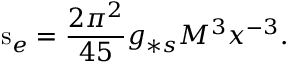
\mathrm { s } _ { e } = \frac { 2 \pi ^ { 2 } } { 4 5 } g _ { * s } M ^ { 3 } x ^ { - 3 } .